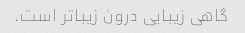
گاهی زیبایی درون زیباتر است.